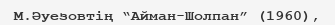
М.Әуезовтің “Айман-Шолпан” (1960),